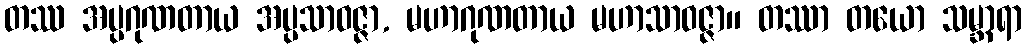
တဿ အပ္ပဂုဏတာယ အပ္ပသာဝဇ္ဇာ, မဟာဂုဏတာယ မဟာသာဝဇ္ဇာ။ တဿာ တယော သမ္ဘာရာ